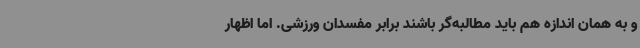
و به همان اندازه هم باید مطالبه‌گر باشند برابر مفسدان ورزشی. اما اظهار